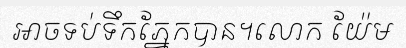
អាចទប់ទឹកភ្នែកបាន។លោក យ៉ែម